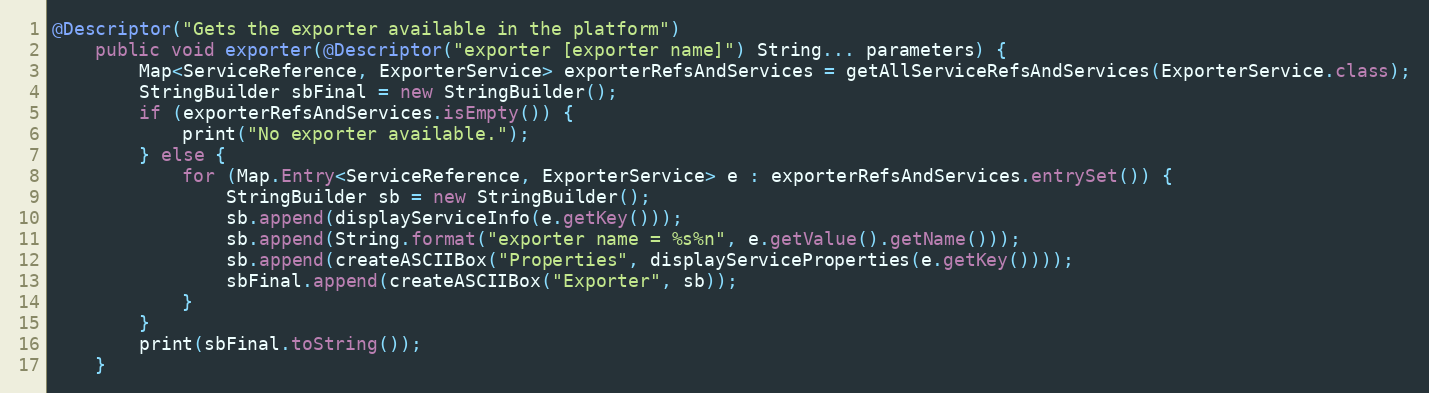
Language: Java
@Descriptor("Gets the exporter available in the platform")
    public void exporter(@Descriptor("exporter [exporter name]") String... parameters) {
        Map<ServiceReference, ExporterService> exporterRefsAndServices = getAllServiceRefsAndServices(ExporterService.class);
        StringBuilder sbFinal = new StringBuilder();
        if (exporterRefsAndServices.isEmpty()) {
            print("No exporter available.");
        } else {
            for (Map.Entry<ServiceReference, ExporterService> e : exporterRefsAndServices.entrySet()) {
                StringBuilder sb = new StringBuilder();
                sb.append(displayServiceInfo(e.getKey()));
                sb.append(String.format("exporter name = %s%n", e.getValue().getName()));
                sb.append(createASCIIBox("Properties", displayServiceProperties(e.getKey())));
                sbFinal.append(createASCIIBox("Exporter", sb));
            }
        }
        print(sbFinal.toString());
    }